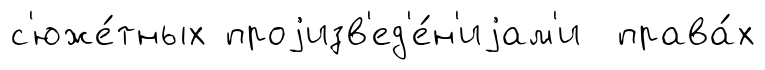
с'юже́тных проjизв'ед'е́н'иjам'и права́х